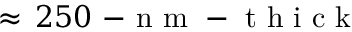
\approx \, 2 5 0 \mathrm { ~ - ~ n ~ m ~ - ~ t ~ h ~ i ~ c ~ k ~ }